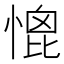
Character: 𢞗